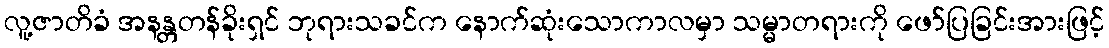
လူ့ဇာတိခံ အနန္တတန်ခိုးရှင် ဘုရားသခင်က နောက်ဆုံးသောကာလမှာ သမ္မာတရားကို ဖော်ပြခြင်းအားဖြင့်